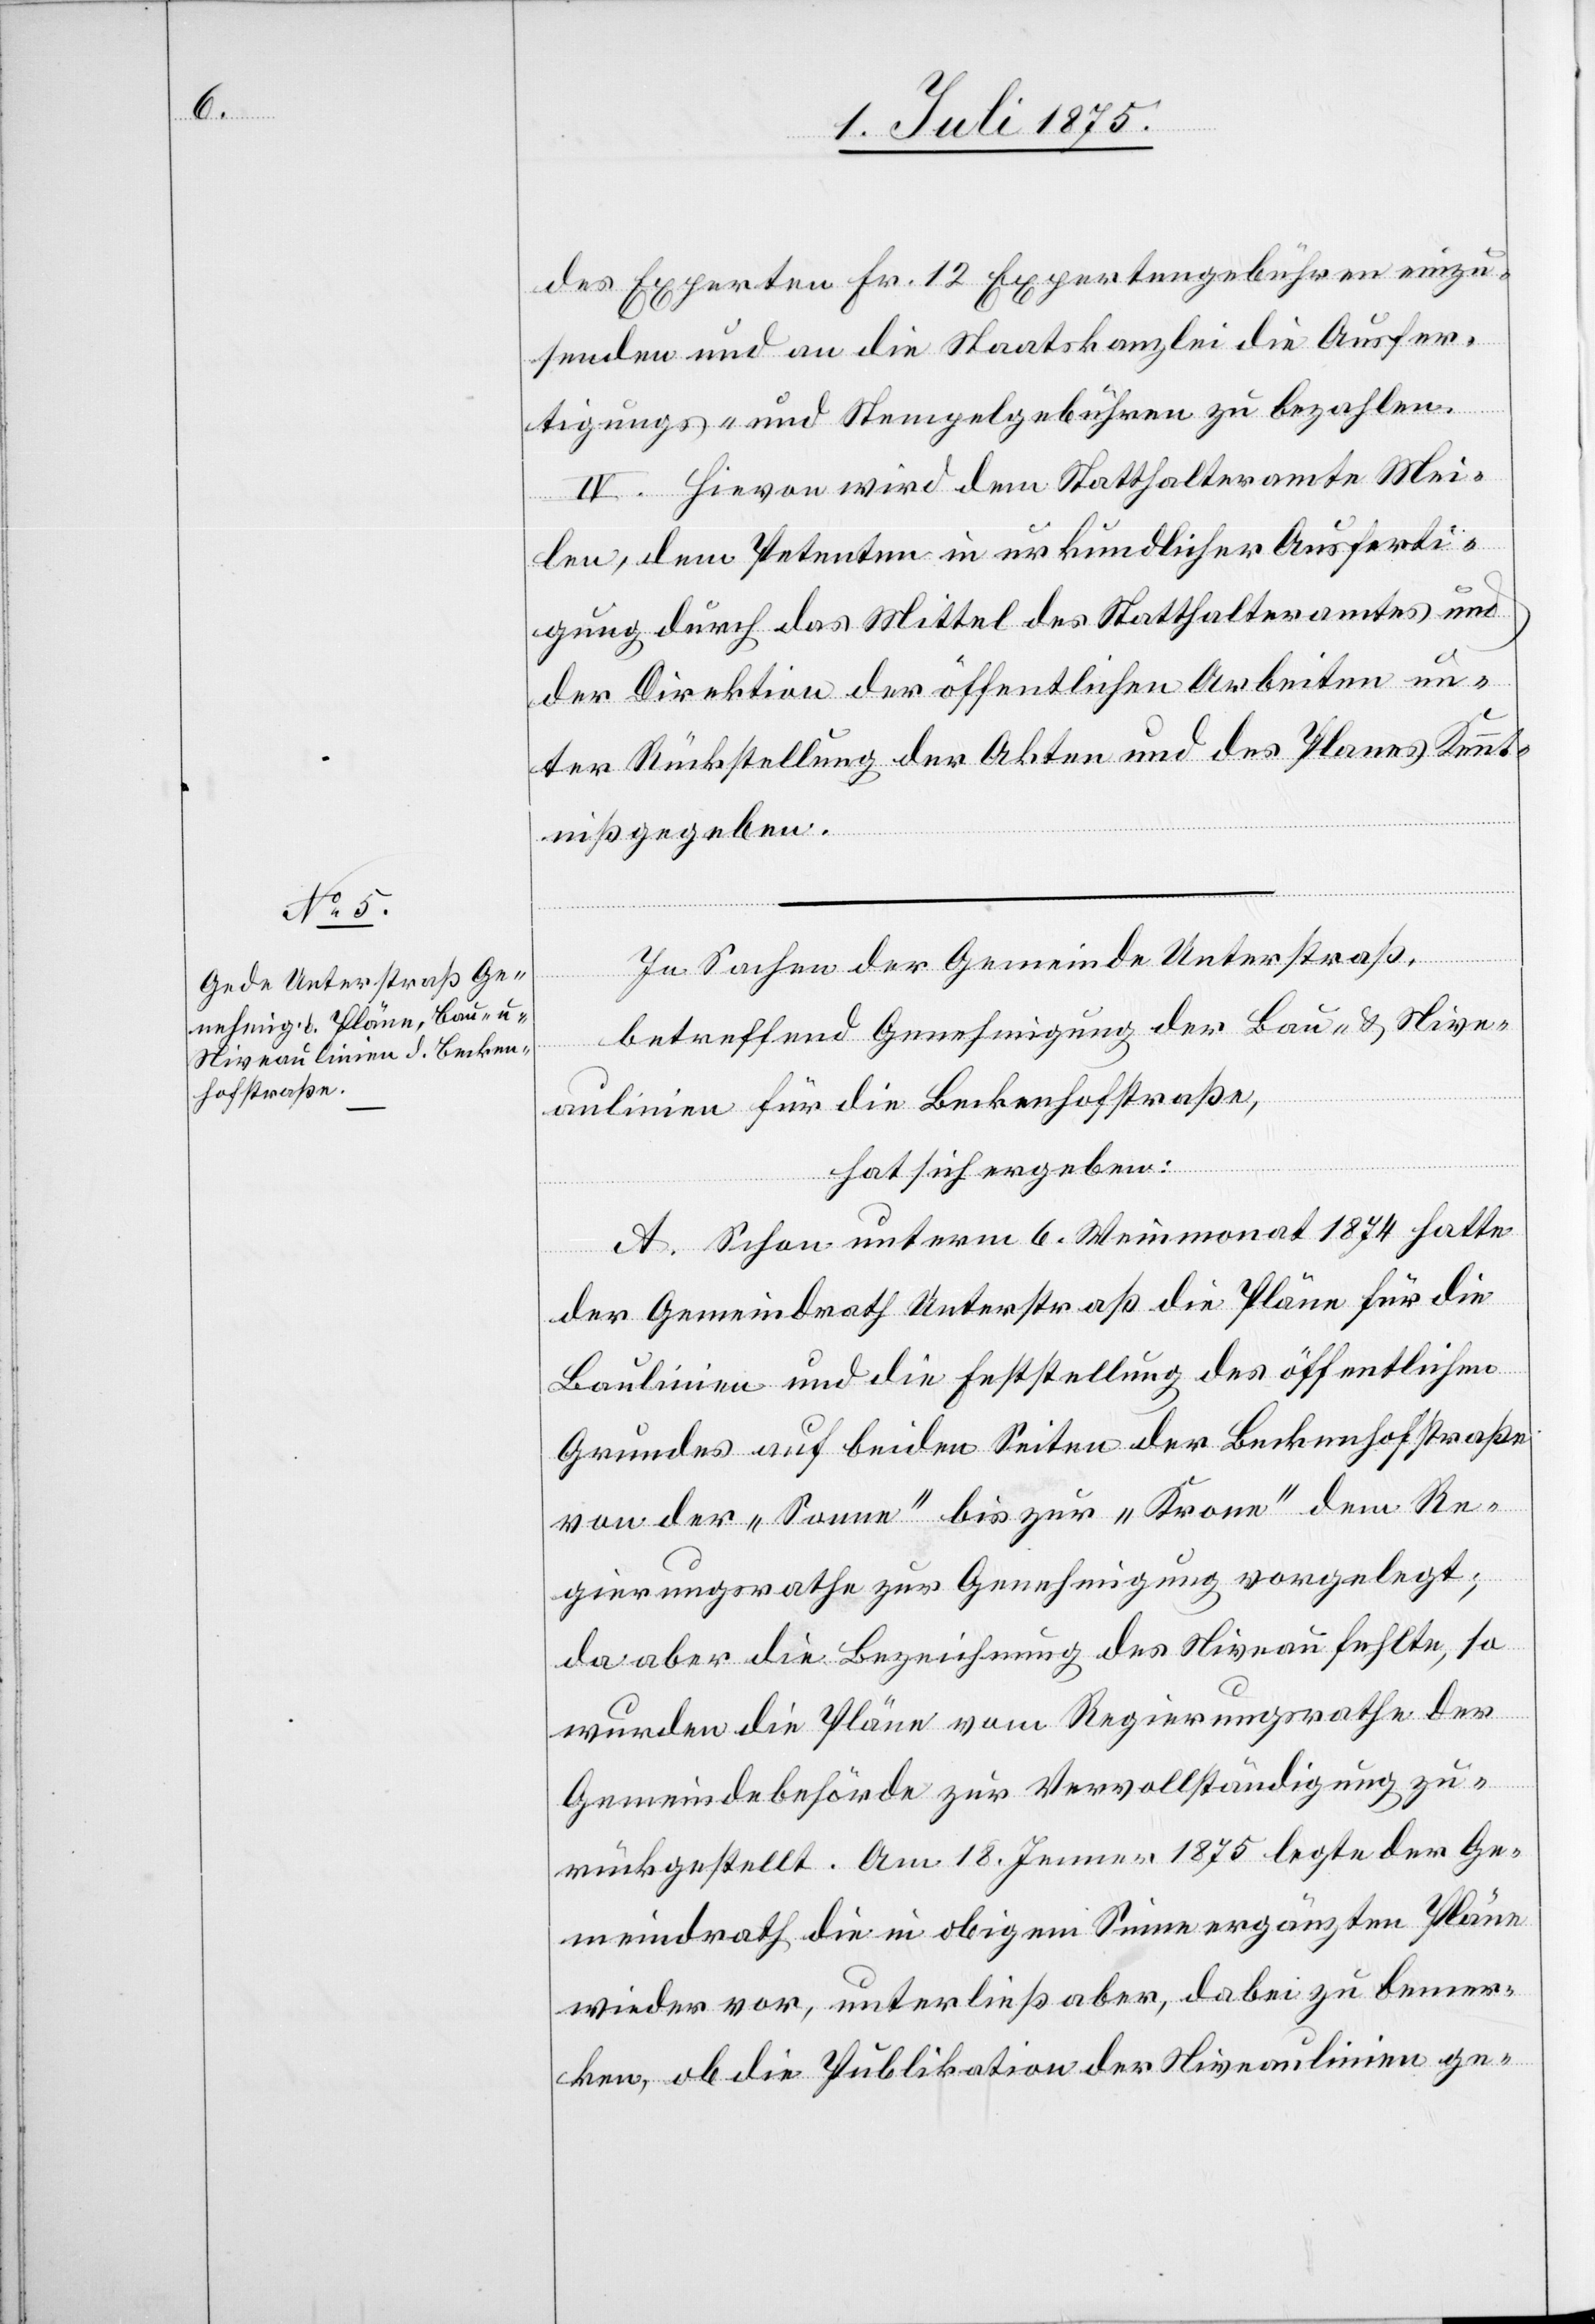
des Experten Fr. 12 Expertengebühren einzu¬
senden und an die Staatskanzlei die Ausfer¬
tigungs- und Stempelgebühren zu bezahlen.
IV. Hievon wird dem Statthalteramte Mei¬
len, dem Petenten in urkundlicher Ausferti¬
gung durch das Mittel des Statthalteramtes und
der Direktion der öffentlichen Arbeiten un¬
ter Rückstellung der Akten und des Planes Kennt¬
niß gegeben.
In Sachen der Gemeinde Unterstraß,
betreffend Genehmigung der Bau- & Nive¬
aulinien für die Beckenhofstraße,
hat sich ergeben:
A. Schon unterm 6. Weinmonat 1874 hatte
der Gemeindrath Unterstraß die Pläne für die
Baulinien und die Feststellung des öffentlichen
Grundes auf beiden Seiten der Beckenhofstraße
von der „Sonne“ bis zur „Krone“ dem Re¬
gierungsrathe zur Genehmigung vorgelegt;
da aber die Bezeichnung des Niveau fehlte, so
wurden die Pläne vom Regierungsrathe der
Gemeindebehörde zur Vervollständigung zu¬
rückgestellt. Am 18. Jenner 1875 legte der Ge¬
meindrath die in obigem Sinne ergänzten Pläne
wieder vor, unterließ aber, dabei zu bemer¬
ken, ob die Publikation der Niveaulinien ge-